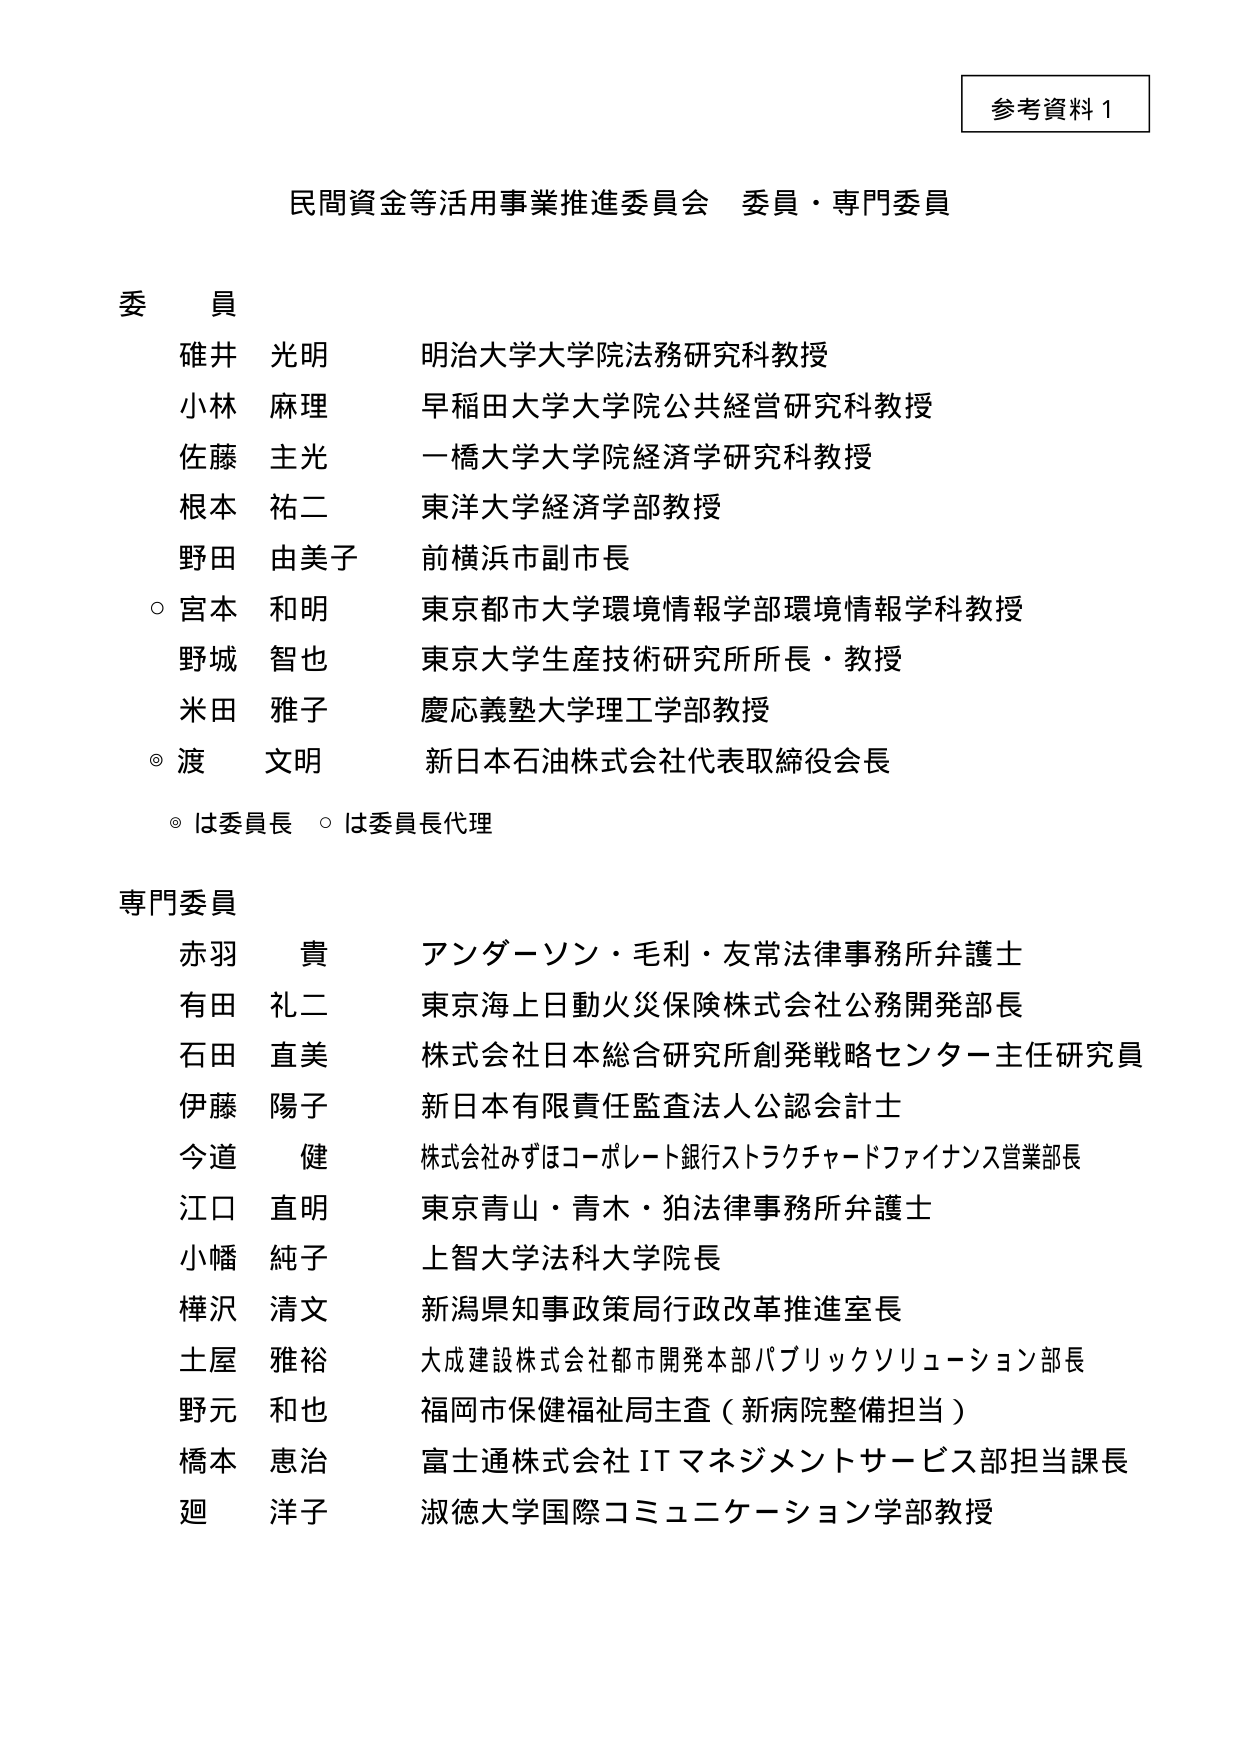
参考資料１

民間資金等活用事業推進委員会　委員・専門委員

委員
碓井 光明　明治大学大学院法務研究科教授
小林 麻理　早稲田大学大学院公共経営研究科教授
佐藤 主光　一橋大学大学院経済学研究科教授
根本 祐二　東洋大学経済学部教授
野田 由美子　前横浜市副市長
○ 宮本 和明　東京都市大学環境情報学部環境情報学科教授
野城 智也　東京大学生産技術研究所所長・教授
米田 雅子　慶応義塾大学理工学部教授
◎ 渡 文明　新日本石油株式会社代表取締役会長

◎ は委員長　○ は委員長代理

専門委員
赤羽 貴　アンダーソン・毛利・友常法律事務所弁護士
有田 礼二　東京海上日動火災保険株式会社公務開発部長
石田 直美　株式会社日本総合研究所創発戦略センター主任研究員
伊藤 陽子　新日本有限責任監査法人公認会計士
今道 健　株式会社みずほコーポレート銀行ストラクチャードファイナンス営業部長
江口 直明　東京青山・青木・狛法律事務所弁護士
小幡 純子　上智大学法科大学院長
樺沢 清文　新潟県知事政策局行政改革推進室長
土屋 雅裕　大成建設株式会社都市開発本部パブリックソリューション部長
野元 和也　福岡市保健福祉局主査（新病院整備担当）
橋本 恵治　富士通株式会社 ITマネジメントサービス部担当課長
廻 洋子　淑徳大学国際コミュニケーション学部教授